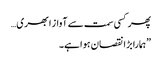
پھر کسی سمت سے آواز ابھری…
”ہمارا بڑا نقصان ہوا ہے۔